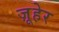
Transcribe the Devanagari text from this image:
ज़ूहेर